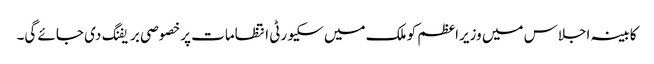
کابینہ اجلاس میں وزیراعظم کو ملک میں سکیورٹی انتظامات پرخصوصی بریفنگ دی جائے گی۔